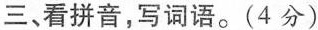
三、看拼音，写词语。(4分)